Mediterranean fever in India - Number 22
Disease focus: Fever
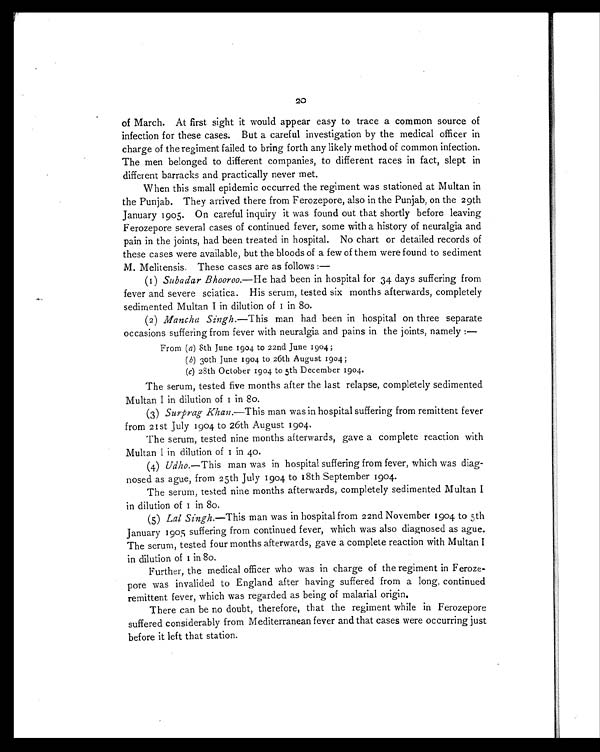
20
of March. At first sight it would appear easy to trace a common source of
infection for these cases. But a careful investigation by the medical officer in
charge of the regiment failed to bring forth any likely method of common infection.
The men belonged to different companies, to different races in fact, slept in
different barracks and practically never met.
When this small epidemic occurred the regiment was stationed at Multan in
the Punjab. They arrived there from Ferozepore, also in the Punjab, on the 29th
January 1905. On careful inquiry it was found out that shortly before leaving
Ferozepore several cases of continued fever, some with a history of neuralgia and
pain in the joints, had been treated in hospital. No chart or detailed records of
these cases were available, but the bloods of a few of them were found to sediment
M. Melitensis. These cases are as follows :
—
(1) Subadar Bhooroo.—He had been in hospital for 34 days suffering from
fever and severe sciatica. His serum, tested six months afterwards, completely
sedimented Multan I in dilution of 1 in 80.
(2) Mancha Singh. —This man had been in hospital on three separate
occasions suffering from fever with neuralgia and pains in the joints, namely :
—
From ( a) 8th June 1904 to 22nd June 1904;
(b)30th June 1904 to 26th August 1904;
(c)28th October 1904 to 5th December 1904.
The serum, tested five months after the last relapse, completely sedimented
Multan I in dilution of 1 in 80.
(3) Surprag Khan.—This man was in hospital suffering from remittent fever
from 21st July 1904 to 26th August 1904.
The serum, tested nine months afterwards, gave a complete reaction with
Multan I in dilution of 1 in 40.
(4) Udho. —This man was in hospital suffering from fever, which was diag-
nosed as ague, from 25th July 1904 to 18th September 1904.
The serum, tested nine months afterwards, completely sedimented Multan I
in dilution of 1 in 80.
(5) Lal Singh. —This man was in hospital from 22nd November 1904 to 5th
January 1905 suffering from continued fever, which was also diagnosed as ague.
The serum, tested four months afterwards, gave a complete reaction with Multan I
in dilution of 1 in 80.
Further, the medical officer who was in charge of the regiment in Feroze-
pore was invalided to England after having suffered from a long, continued
remittent fever, which was regarded as being of malarial origin.
There can be no doubt, therefore, that the regiment while in Ferozepore
suffered considerably from Mediterranean fever and that cases were occurring just
before it left that station.